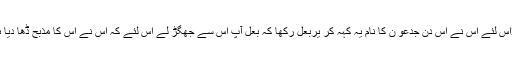
32اِس لِئے اُس نے اُس دِن جِدعو ن کا نام یہ کہہ کر یرُبّعل رکھّا کہ بعل آپ اِس سے جھگڑ لے اِس لِئے کہ اِس نے اُس کا مذبح ڈھا دِیا ہے۔